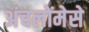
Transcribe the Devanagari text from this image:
अंचलोंमेसे